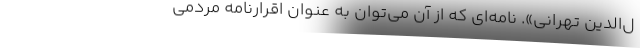
ل‌الدین تهرانی». نامه‌ای که از آن می‌توان به عنوان اقرارنامه مردمی